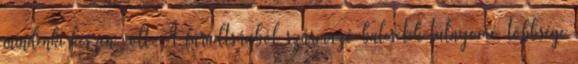
mindenki készen volt. A fáradtságból származó balesetek túlnyomó többsége